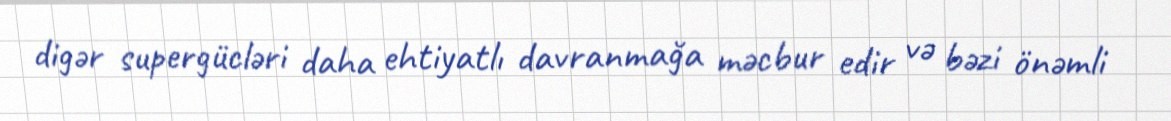
digər supergücləri daha ehtiyatlı davranmağa məcbur edir və bəzi önəmli